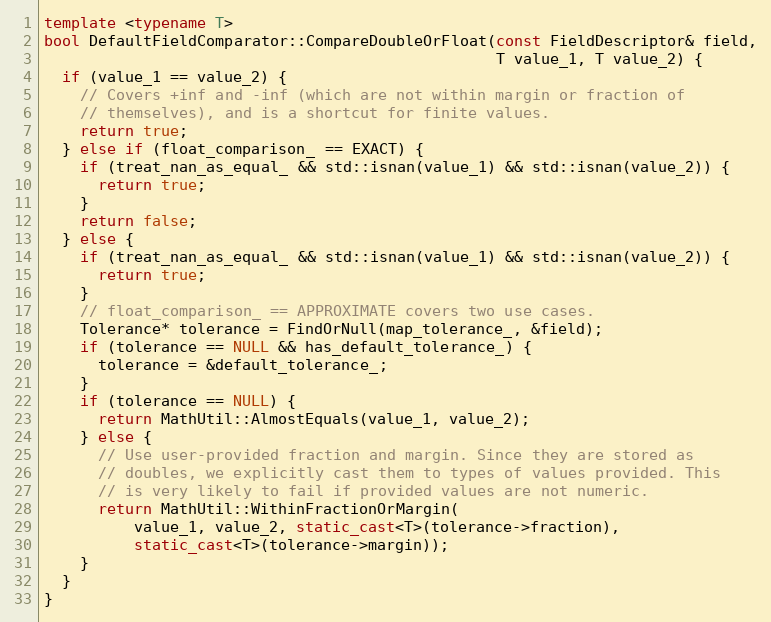
Language: C++
template <typename T>
bool DefaultFieldComparator::CompareDoubleOrFloat(const FieldDescriptor& field,
                                                  T value_1, T value_2) {
  if (value_1 == value_2) {
    // Covers +inf and -inf (which are not within margin or fraction of
    // themselves), and is a shortcut for finite values.
    return true;
  } else if (float_comparison_ == EXACT) {
    if (treat_nan_as_equal_ && std::isnan(value_1) && std::isnan(value_2)) {
      return true;
    }
    return false;
  } else {
    if (treat_nan_as_equal_ && std::isnan(value_1) && std::isnan(value_2)) {
      return true;
    }
    // float_comparison_ == APPROXIMATE covers two use cases.
    Tolerance* tolerance = FindOrNull(map_tolerance_, &field);
    if (tolerance == NULL && has_default_tolerance_) {
      tolerance = &default_tolerance_;
    }
    if (tolerance == NULL) {
      return MathUtil::AlmostEquals(value_1, value_2);
    } else {
      // Use user-provided fraction and margin. Since they are stored as
      // doubles, we explicitly cast them to types of values provided. This
      // is very likely to fail if provided values are not numeric.
      return MathUtil::WithinFractionOrMargin(
          value_1, value_2, static_cast<T>(tolerance->fraction),
          static_cast<T>(tolerance->margin));
    }
  }
}